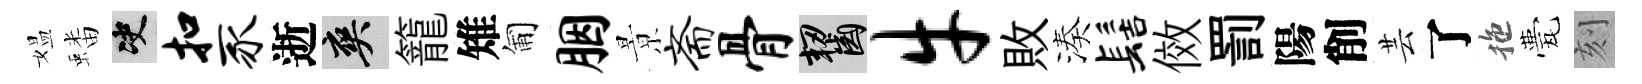
媪蟠决扣豕逝爽籠雉匍胭㬌斋骨齧牛敗湊髻傚罰陽削芸了拖甍刻